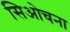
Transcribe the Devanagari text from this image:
सिओचना